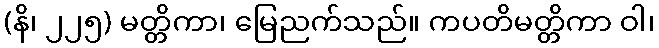
(နိ၊ ၂၂၅) မတ္တိကာ၊ မြေညက်သည်။ ကပတိမတ္တိကာ ဝါ၊